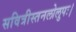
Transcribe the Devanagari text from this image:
सवित्रीस्तनलोलुपः।